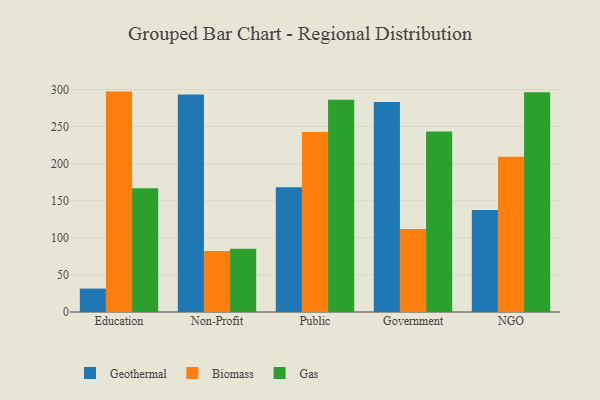
{"axis": {"x": "Segment", "y": "Waste Production (Tons)"}, "legend": ["Biomass", "Gas", "Geothermal"], "data": [{"x": "Education", "y": 31.6, "type": "Geothermal"}, {"x": "Education", "y": 297.2, "type": "Biomass"}, {"x": "Education", "y": 166.8, "type": "Gas"}, {"x": "Non-Profit", "y": 293.2, "type": "Geothermal"}, {"x": "Non-Profit", "y": 82.4, "type": "Biomass"}, {"x": "Non-Profit", "y": 85.4, "type": "Gas"}, {"x": "Public", "y": 168.1, "type": "Geothermal"}, {"x": "Public", "y": 242.8, "type": "Biomass"}, {"x": "Public", "y": 286.3, "type": "Gas"}, {"x": "Government", "y": 283.2, "type": "Geothermal"}, {"x": "Government", "y": 112.0, "type": "Biomass"}, {"x": "Government", "y": 243.5, "type": "Gas"}, {"x": "NGO", "y": 137.6, "type": "Geothermal"}, {"x": "NGO", "y": 209.3, "type": "Biomass"}, {"x": "NGO", "y": 296.3, "type": "Gas"}]}